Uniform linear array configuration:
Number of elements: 48
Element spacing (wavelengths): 0.5
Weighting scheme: hann
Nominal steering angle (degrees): -30
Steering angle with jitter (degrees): -28.237
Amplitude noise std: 0.05
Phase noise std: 0.05

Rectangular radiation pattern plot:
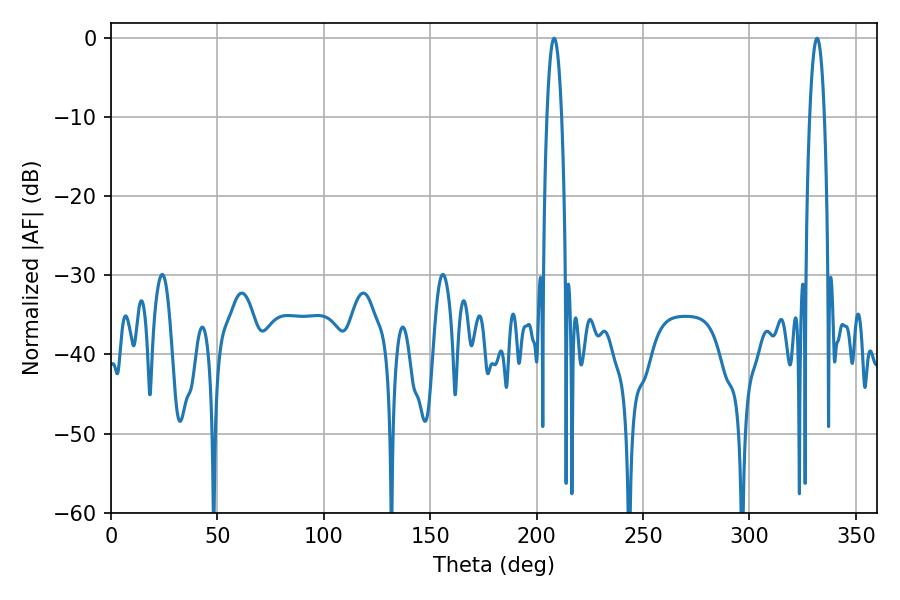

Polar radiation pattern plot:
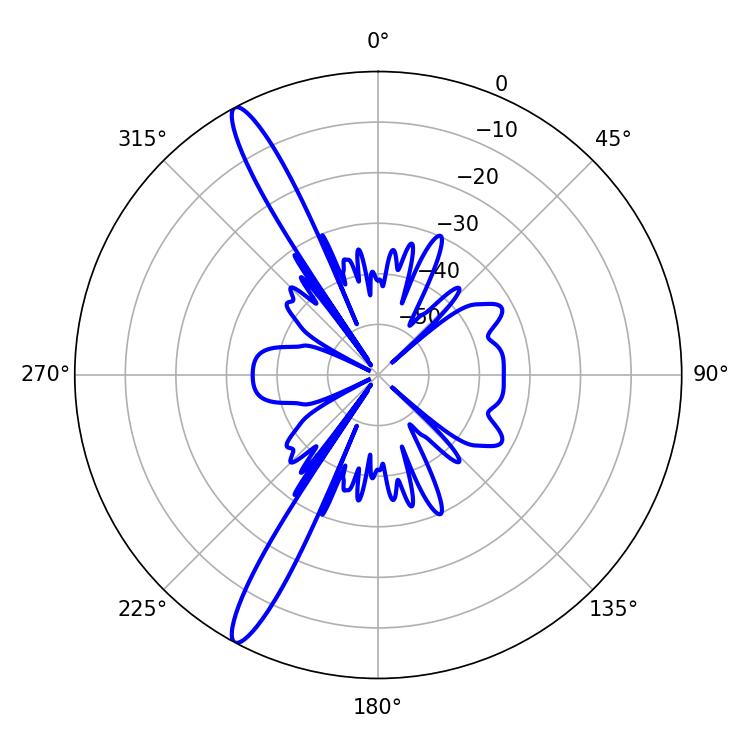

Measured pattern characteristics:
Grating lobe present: FALSE
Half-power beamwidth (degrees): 3.78
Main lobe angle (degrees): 208.26